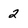
Character: 2